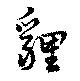
貍